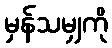
မှန်သမျှကို